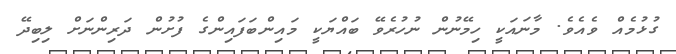
ގުޅުމެއް ވެއެވެ. މާނައަކީ ހިމޭނުން ނުހުރެވޭ ބައްޔަކީ މައިންބަފައިންގެ ފުށުން ދަރިންނަށް ލިބިދޭ